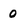
Character: 0